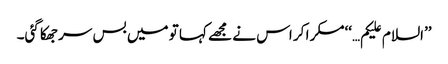
’’السلام علیکم…‘‘مسکرا کر اس نے مجھے کہا تو میں بس سر جھکا گئی۔